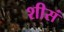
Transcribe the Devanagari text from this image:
शीसं